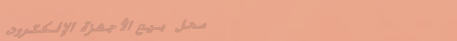
محل بيع الأجهزة الإلكترون